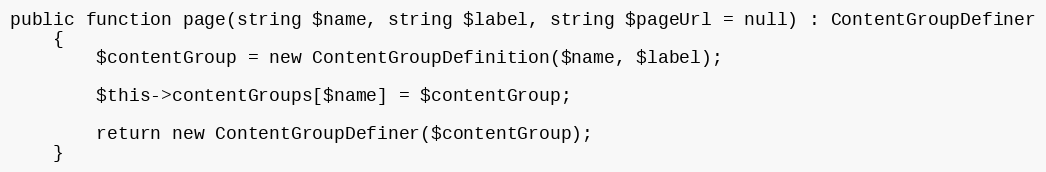
Language: PHP
public function page(string $name, string $label, string $pageUrl = null) : ContentGroupDefiner
    {
        $contentGroup = new ContentGroupDefinition($name, $label);

        $this->contentGroups[$name] = $contentGroup;

        return new ContentGroupDefiner($contentGroup);
    }